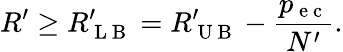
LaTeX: R^{\prime}\ge R_{\mathrm{~L~B~}}^{\prime}=R_{\mathrm{~U~B~}}^{\prime}-\frac{p_{\mathrm{~e~c~}}}{N^{\prime}}.